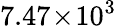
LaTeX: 7.47\! \times\! 10^{3}